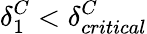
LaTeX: \delta_{1}^{C}<\delta_{critical}^{C}